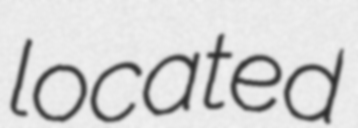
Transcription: located